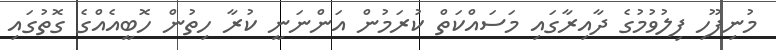
މުނިފޫހި ފިލުވުމުގެ ދާއިރާގައި މަސައްކަތް ކުރަމުން އަންނަނީ ކުރާ ހިތުން ހޮބީއެއްގެ ގޮތުގައި